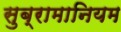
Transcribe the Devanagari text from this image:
सुब्रामानियम